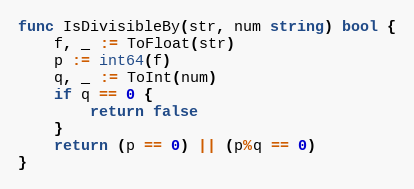
Language: Go
func IsDivisibleBy(str, num string) bool {
	f, _ := ToFloat(str)
	p := int64(f)
	q, _ := ToInt(num)
	if q == 0 {
		return false
	}
	return (p == 0) || (p%q == 0)
}